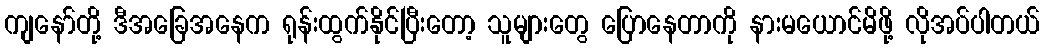
ကျနော်တို့ ဒီအခြေအနေက ရုန်းထွက်နိုင်ပြီးတော့ သူများတွေ ပြောနေတာကို နားမယောင်မိဖို့ လိုအပ်ပါတယ်